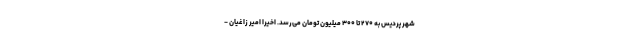
شهر پردیس به ۲۷۰ تا ۳۰۰ میلیون تومان می‌رسد. اخیراً امیر زاغیان -